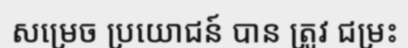
សម្រេច ប្រយោជន៍ បាន ត្រូវ ជម្រះ